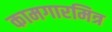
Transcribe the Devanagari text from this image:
कामगारमित्र